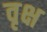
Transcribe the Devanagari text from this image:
वृक्ष